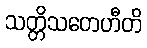
သတ္တိသတေဟီတိ